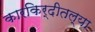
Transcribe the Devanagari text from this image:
कारकिर्दीतल्या